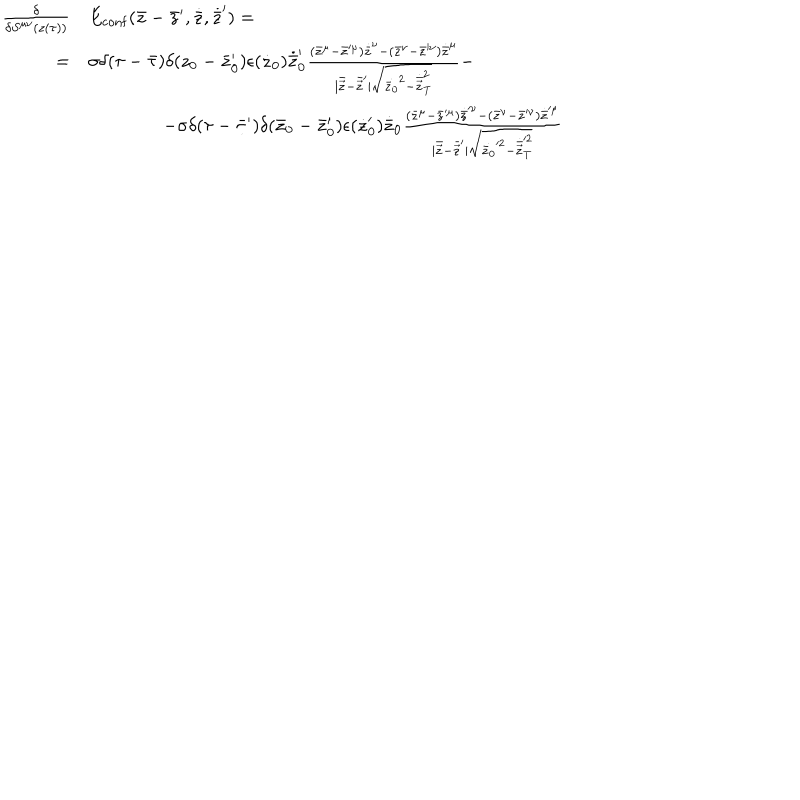
\begin{array} { r l } { { { \frac { \delta } { \delta S ^ { \mu \nu } ( z ( \tau ) ) } } } } & { { E _ { \mathrm { c o n f } } ( \bar { z } - \bar { z } ^ { \prime } , \dot { \bar { z } } , \dot { \bar { z } } ^ { \prime } ) = \nonumber } } \\ { { = } } & { { \sigma \delta ( \tau - \bar { \tau } ) \delta ( z _ { 0 } - \bar { z } _ { 0 } ^ { \prime } ) \epsilon ( \dot { z } _ { 0 } ) \dot { \bar { z } } _ { 0 } ^ { \prime } { \frac { ( \bar { z } ^ { \mu } - \bar { z } ^ { \prime \mu } ) \dot { \bar { z } } ^ { \nu } - ( \bar { z } ^ { \nu } - \bar { z } ^ { \prime \nu } ) \dot { \bar { z } } ^ { \mu } } { | \bar { \vec { z } } - \bar { \vec { z } } ^ { \prime } | \sqrt { \dot { \bar { z } _ { 0 } } ^ { 2 } - \dot { \bar { \vec { z } } } _ { \mathrm { T } } ^ { 2 } } } } - \nonumber } } \\ { { } } & { { \qquad \qquad - \sigma \delta ( \tau - \bar { \tau } ^ { \prime } ) \delta ( \bar { z } _ { 0 } - \bar { z } _ { 0 } ^ { \prime } ) \epsilon ( \dot { z } _ { 0 } ^ { \prime } ) \dot { \bar { z } } _ { 0 } { \frac { ( \bar { z } ^ { \mu } - \bar { z } ^ { \prime \mu } ) \dot { \bar { z } } ^ { \prime \nu } - ( \bar { z } ^ { \nu } - \bar { z } ^ { \prime \nu } ) \dot { \bar { z } } ^ { \prime \mu } } { | \bar { \vec { z } } - \bar { \vec { z } } ^ { \prime } | \sqrt { \dot { \bar { z } _ { 0 } } ^ { \prime 2 } - \dot { \bar { \vec { z } } } _ { \mathrm { T } } ^ { \prime 2 } } } } } } \\ \end{array}